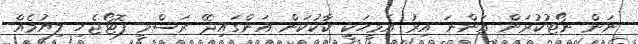
ނަން ނޯޓުކުރަން އަންނަ އިރު އެމީހަކީ ކާކުކަން އަންގައިދޭ ރަސްމީ ފޮޓޯޖެހި ލިޔުމެއް